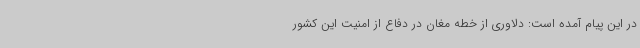
در این پیام آمده است: دلاوری از خطه مغان در دفاع از امنیت این کشور